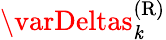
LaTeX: \varDeltas_{\mathit{k}}^{\mathrm{{(R)}}}